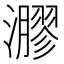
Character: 㶀